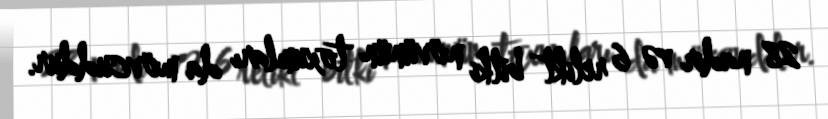
28 nadir və 6 relikt bitki növünün toxumları da mövcuddur.